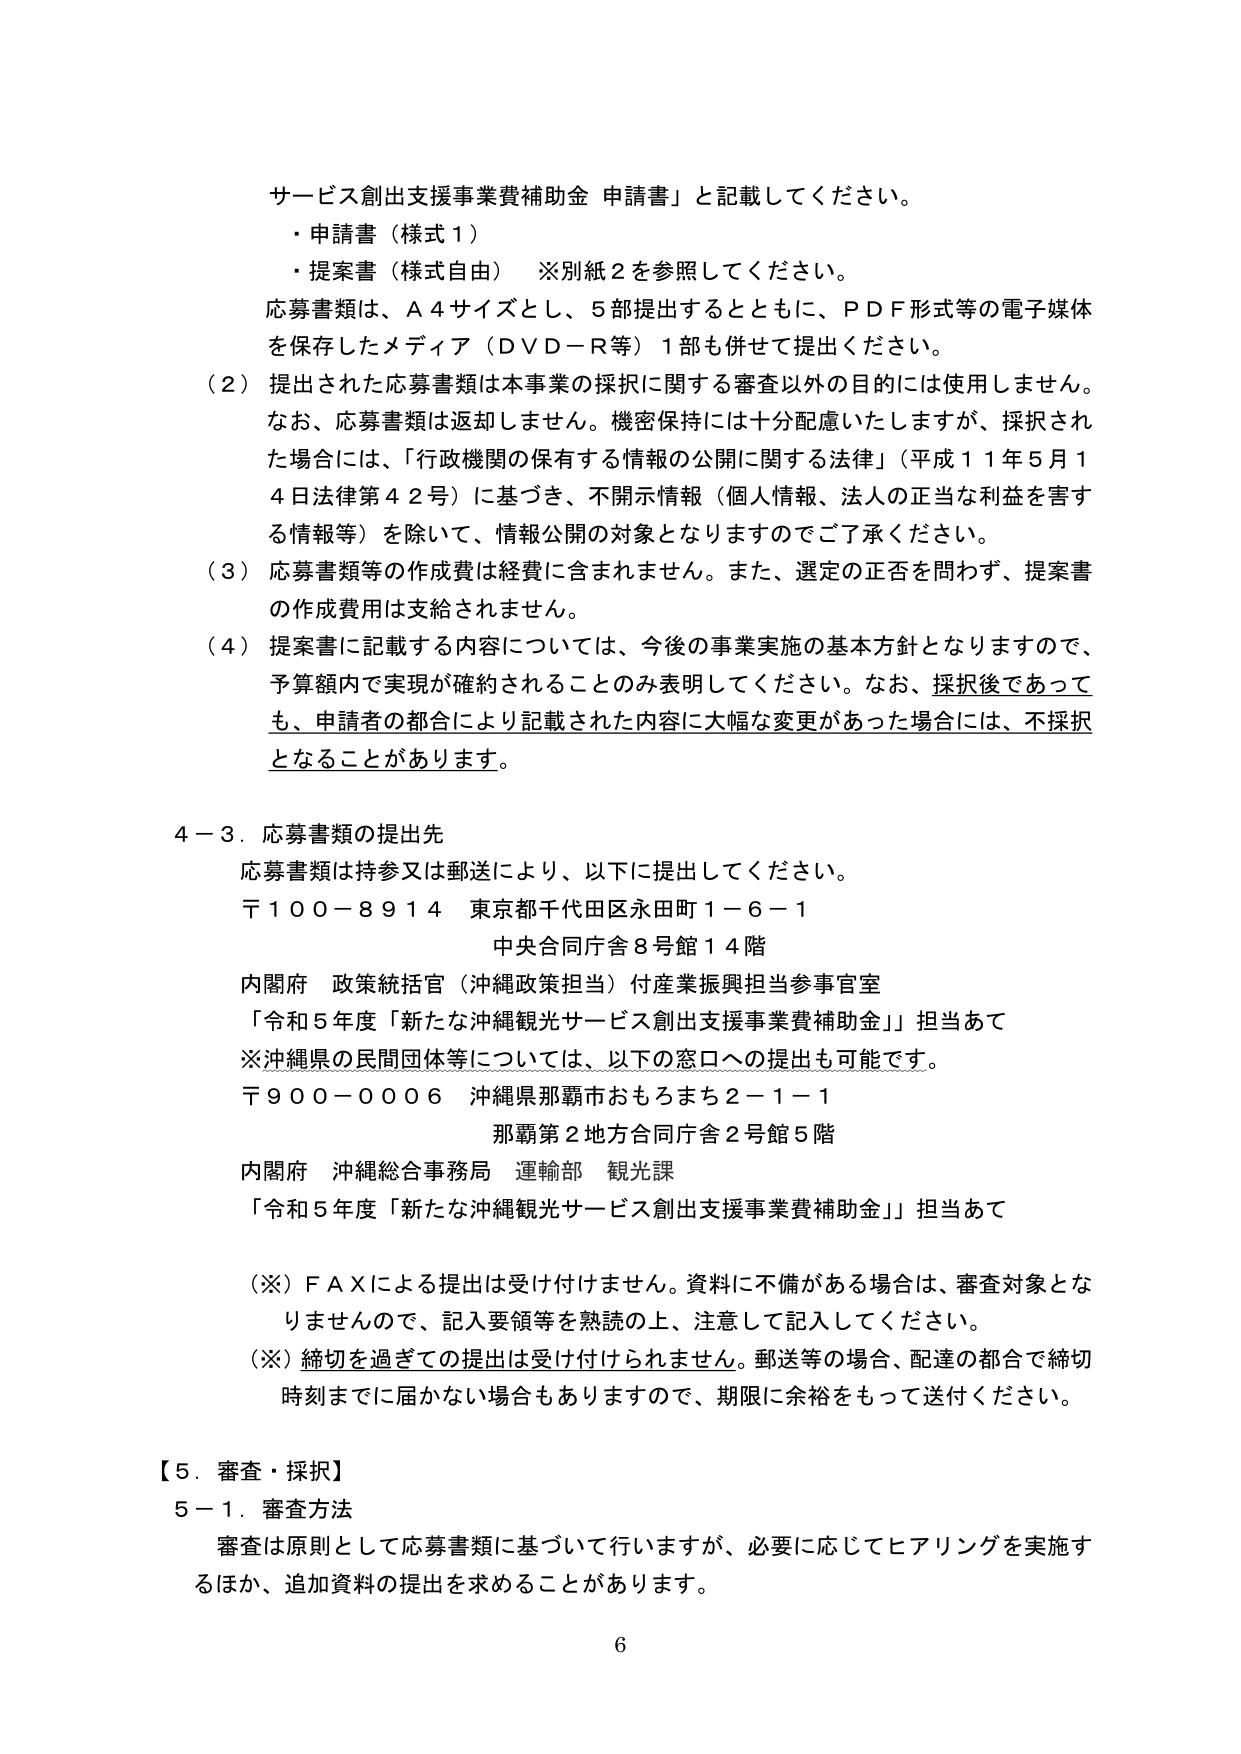
サービス創出支援事業費補助金 申請書」と記載してください。
・申請書（様式１）
・提案書（様式自由）　※別紙２を参照してください。
応募書類は、Ａ４サイズとし、５部提出するとともに、ＰＤＦ形式等の電子媒体
を保存したメディア（ＤＶＤ－Ｒ等）１部も併せて提出ください。
（２）提出された応募書類は本事業の採択に関する審査以外の目的には使用しません。
なお、応募書類は返却しません。機密保持には十分配慮いたしますが、採択され
た場合には、「行政機関の保有する情報の公開に関する法律」（平成１１年５月１
４日法律第４２号）に基づき、不開示情報（個人情報、法人の正当な利益を害す
る情報等）を除いて、情報公開の対象となりますのでご了承ください。
（３）応募書類等の作成費は経費に含まれません。また、選定の正否を問わず、提案書
の作成費用は支給されません。
（４）提案書に記載する内容については、今後の事業実施の基本方針となりますので、
予算額内で実現が確約されることのみ表明してください。なお、採択後であって
も、申請者の都合により記載された内容に大幅な変更があった場合には、不採択
となることがあります。

４－３．応募書類の提出先
応募書類は持参又は郵送により、以下に提出してください。
〒１００－８９１４　東京都千代田区永田町１－６－１
　　　　　　　　　　　中央合同庁舎８号館１４階
内閣府　政策統括官（沖縄政策担当）付産業振興担当参事官室
「令和５年度「新たな沖縄観光サービス創出支援事業費補助金」」担当あて
※沖縄県の民間団体等については、以下の窓口への提出も可能です。
〒９００－０００６　沖縄県那覇市おもろまち２－１－１
　　　　　　　　　　　那覇第２地方合同庁舎２号館５階
内閣府　沖縄総合事務局　運輸部　観光課
「令和５年度「新たな沖縄観光サービス創出支援事業費補助金」」担当あて

（※）ＦＡＸによる提出は受け付けません。資料に不備がある場合は、審査対象とな
りませんので、記入要領等を熟読の上、注意して記入してください。
（※）締切を過ぎての提出は受け付けられません。郵送等の場合、配達の都合で締切
時刻までに届かない場合もありますので、期限に余裕をもって送付ください。

【５．審査・採択】
５－１．審査方法
審査は原則として応募書類に基づいて行いますが、必要に応じてヒアリングを実施す
るほか、追加資料の提出を求めることがあります。

６